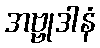
အဗ္ဗုဒါနံ